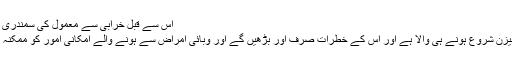
اس سے قبل خرابی سے معمول کی سمندری طوفان سیزن کا انتباہ
سمندری طوفان کا سیزن شروع ہونے ہی والا ہے اور اس کے خطرات صرف اور بڑھیں گے اور وبائی امراض سے ہونے والے امکانی امور کو ممکنہ طور پر بڑھا دے گا۔